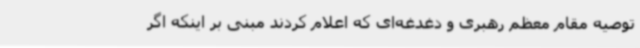
توصیه مقام معظم رهبری و دغدغه‌ای که اعلام کردند مبنی بر اینکه اگر